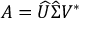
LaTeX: A = { \widehat { U } } { \widehat { \Sigma } } V ^ { \ast }